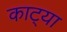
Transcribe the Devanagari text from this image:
काट्या